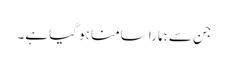
جن سے ہمارا سامنا ہو گیا ہے۔